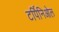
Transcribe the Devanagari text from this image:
टर्पिनिओल